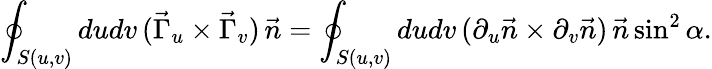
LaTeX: \oint_{S(u,v)}dudv\, (\vec{\Gamma}_{u}\times\vec{\Gamma}_{v})\, \vec{n}=\oint_{S(u,v)}dudv\, (\partial_{u}\vec{n}\times\partial_{v}\vec{n})\, \vec{n}\sin^{2}\alpha.